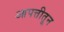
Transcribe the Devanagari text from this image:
आपत्तीतून